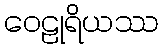
ဝေဠုရိယဿ